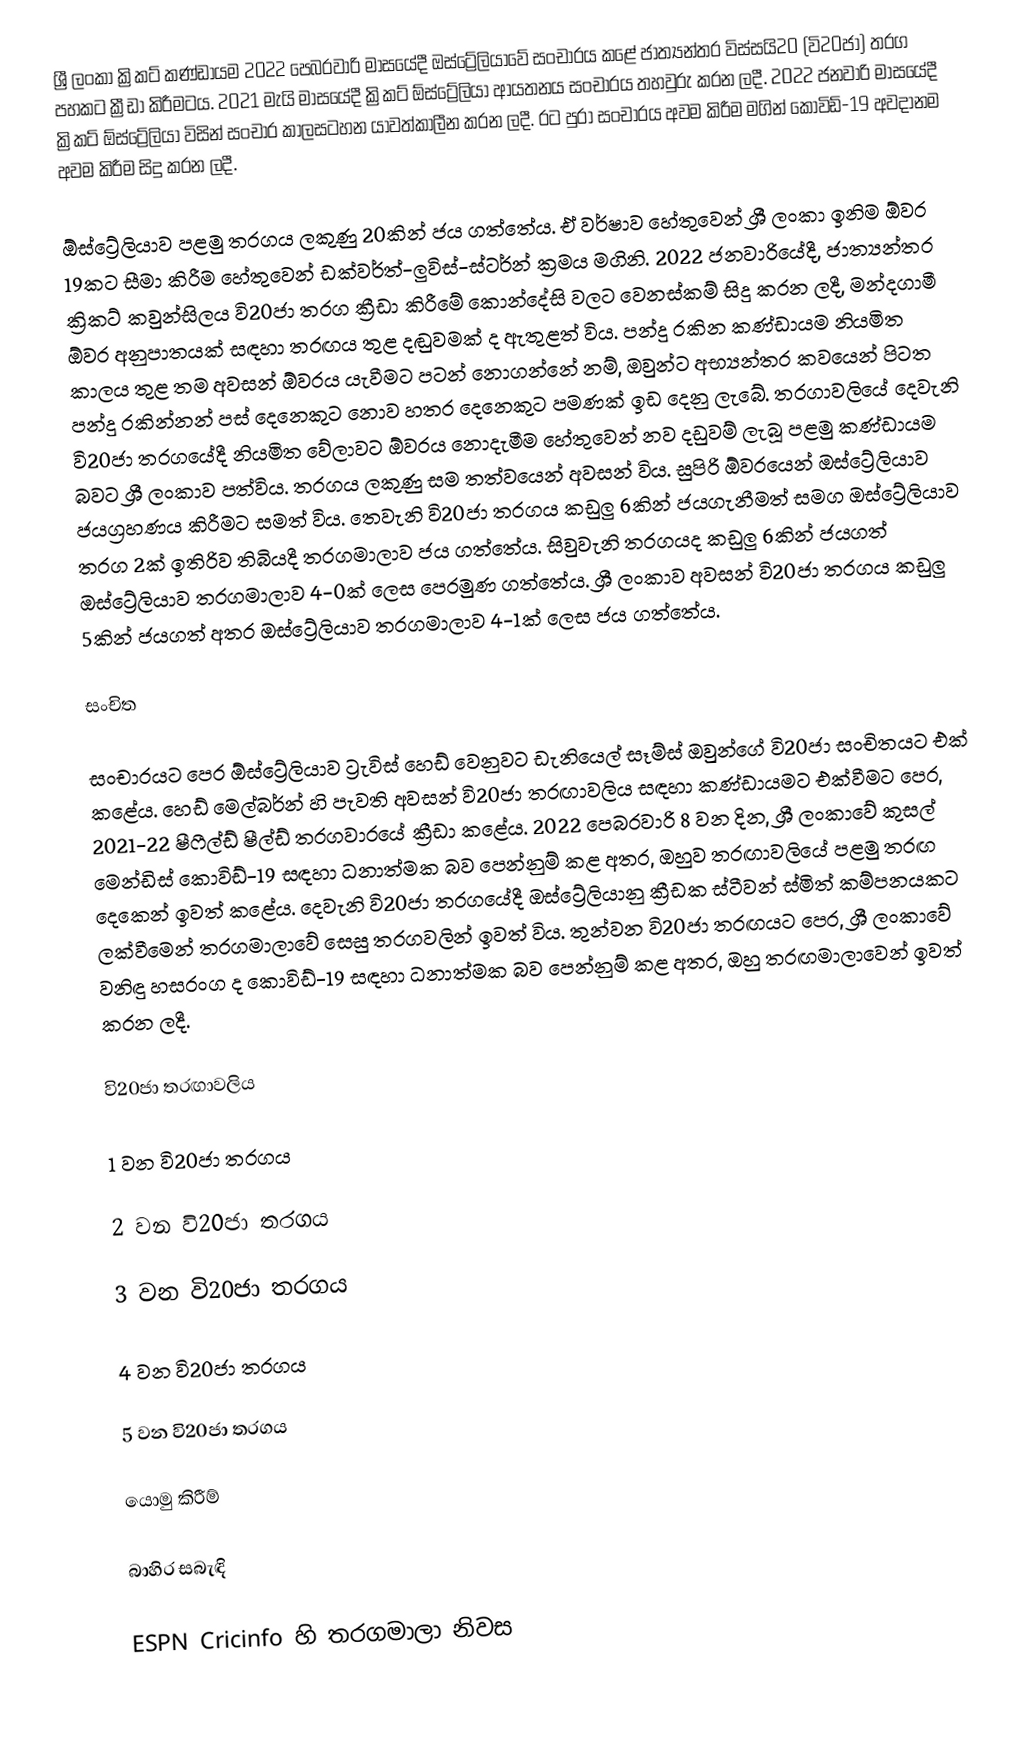
ශ්‍රී ලංකා ක්‍රිකට් කණ්ඩායම 2022 පෙබරවාරි මාසයේදී ඔස්ට්‍රේලියාවේ සංචාරය කළේ ජාත්‍යන්තර විස්සයි20 (වි20ජා) තරග පහකට ක්‍රීඩා කිරීමටය. 2021 මැයි මාසයේදී ක්‍රිකට් ඕස්ට්‍රේලියා ආයතනය සංචාරය තහවුරු කරන ලදී. 2022 ජනවාරි මාසයේදී ක්‍රිකට් ඕස්ට්‍රේලියා විසින් සංචාර කාලසටහන යාවත්කාලීන කරන ලදී. රට පුරා සංචාරය අවම කිරීම මගින් කොවිඩ්-19 අවදානම අවම කිරීම සිදු කරන ලදී.

ඕස්ට්‍රේලියාව පළමු තරගය ලකුණු 20කින් ජය ගත්තේය. ඒ වර්ෂාව හේතුවෙන් ශ්‍රී ලංකා ඉනිම ඕවර 19කට සීමා කිරීම හේතුවෙන් ඩක්වර්ත්-ලුවිස්-ස්ටර්න් ක්‍රමය මගිනි. 2022 ජනවාරියේදී, ජාත්‍යන්තර ක්‍රිකට් කවුන්සිලය වි20ජා තරග ක්‍රීඩා කිරීමේ කොන්දේසි වලට වෙනස්කම් සිදු කරන ලදී, මන්දගාමී ඕවර අනුපාතයක් සඳහා තරඟය තුළ දඬුවමක් ද ඇතුළත් විය. පන්දු රකින කණ්ඩායම නියමිත කාලය තුළ තම අවසන් ඕවරය යැවීමට පටන් නොගන්නේ නම්, ඔවුන්ට අභ්‍යන්තර කවයෙන් පිටත පන්දු රකින්නන් පස් දෙනෙකුට නොව හතර දෙනෙකුට පමණක් ඉඩ දෙනු ලැබේ. තරගාවලියේ දෙවැනි වි20ජා තරගයේදී නියමිත වේලාවට ඕවරය නොදැමීම හේතුවෙන් නව දඩුවම් ලැබූ පළමු කණ්ඩායම බවට ශ්‍රී ලංකාව පත්විය. තරගය ලකුණු සම තත්වයෙන් අවසන් විය. සුපිරි ඕවරයෙන් ඔස්ට්‍රේලියාව ජයග්‍රහණය කිරීමට සමත් විය. තෙවැනි වි20ජා තරගය කඩුලු 6කින් ජයගැනීමත් සමග ඔස්ට්‍රේලියාව තරග 2ක් ඉතිරිව තිබියදී තරගමාලාව ජය ගත්තේය. සිවුවැනි තරගයද කඩුලු 6කින් ජයගත් ඔස්ට්‍රේලියාව තරගමාලාව 4-0ක් ලෙස පෙරමුණ ගත්තේය. ශ්‍රී ලංකාව අවසන් වි20ජා තරගය කඩුලු 5කින් ජයගත් අතර ඔස්ට්‍රේලියාව තරගමාලාව 4-1ක් ලෙස ජය ගත්තේය.

සංචිත

සංචාරයට පෙර ඕස්ට්‍රේලියාව ට්‍රැවිස් හෙඩ් වෙනුවට ඩැනියෙල් සෑම්ස් ඔවුන්ගේ වි20ජා සංචිතයට එක් කළේය. හෙඩ් මෙල්බර්න් හි පැවති අවසන් වි20ජා තරඟාවලිය සඳහා කණ්ඩායමට එක්වීමට පෙර, 2021-22 ෂීෆීල්ඩ් ෂීල්ඩ් තරගවාරයේ ක්‍රීඩා කළේය. 2022 පෙබරවාරි 8 වන දින, ශ්‍රී ලංකාවේ කුසල් මෙන්ඩිස් කොවිඩ්-19 සඳහා ධනාත්මක බව පෙන්නුම් කළ අතර, ඔහුව තරඟාවලියේ පළමු තරඟ දෙකෙන් ඉවත් කළේය. දෙවැනි වි20ජා තරගයේදී ඔස්ට්‍රේලියානු ක්‍රීඩක ස්ටීවන් ස්මිත් කම්පනයකට ලක්වීමෙන් තරගමාලාවේ සෙසු තරගවලින් ඉවත් විය. තුන්වන වි20ජා තරඟයට පෙර, ශ්‍රී ලංකාවේ වනිඳු හසරංග ද කොවිඩ්-19 සඳහා ධනාත්මක බව පෙන්නුම් කළ අතර, ඔහු තරඟමාලාවෙන් ඉවත් කරන ලදී.

වි20ජා තරඟාවලිය

1 වන වි20ජා තරගය

2 වන වි20ජා තරගය

3 වන වි20ජා තරගය

4 වන වි20ජා තරගය

5 වන වි20ජා තරගය

යොමු කිරීම්

බාහිර සබැඳි

 ESPN Cricinfo හි තරගමාලා නිවස